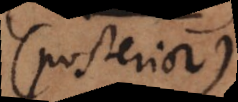
(posterior).